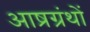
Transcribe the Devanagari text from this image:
आष्रग्रंथों